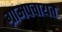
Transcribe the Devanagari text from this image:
ग्रामपचायत